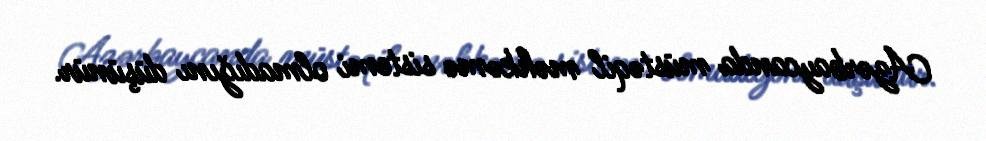
Azərbaycanda müstəqil məhkəmə sistemi olmadığını düşünür.